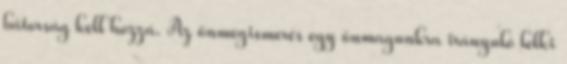
bátorság kell hozzá. Az önmegismerés egy önmagunkra irányuló lelki